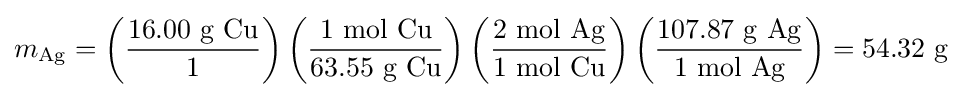
m_{\mathrm {Ag} }=\left({\frac {16.00{\mbox{ g }}\mathrm {Cu} }{1}}\right)\left({\frac {1{\mbox{ mol }}\mathrm {Cu} }{63.55{\mbox{ g }}\mathrm {Cu} }}\right)\left({\frac {2{\mbox{ mol }}\mathrm {Ag} }{1{\mbox{ mol }}\mathrm {Cu} }}\right)\left({\frac {107.87{\mbox{ g }}\mathrm {Ag} }{1{\mbox{ mol Ag}}}}\right)=54.32{\mbox{ g}}